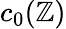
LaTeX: c_{0}(\mathbb{Z})